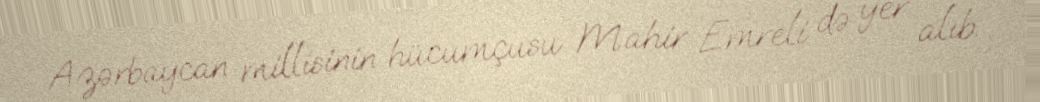
Azərbaycan millisinin hücumçusu Mahir Emreli də yer alıb.